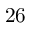
2 6